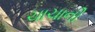
ચાચાની